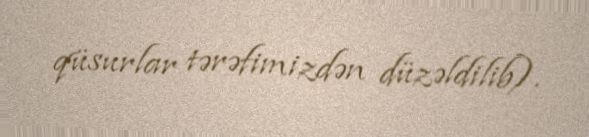
qüsurlar tərəfimizdən düzəldilib).